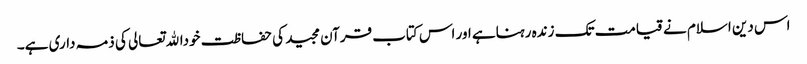
اس دین اسلام نے قیامت تک زندہ رہناہے اور اس کتاب قرآن مجید کی حفاظت خوداﷲتعالی کی ذمہ داری ہے۔